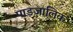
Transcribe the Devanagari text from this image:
पाडजालिक